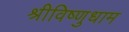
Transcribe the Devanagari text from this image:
श्रीविष्णुधाम